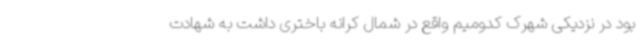
بود در نزدیکی شهرک کدومیم واقع در شمال کرانه باختری داشت به شهادت